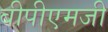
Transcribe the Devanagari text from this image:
बीपीएमजी